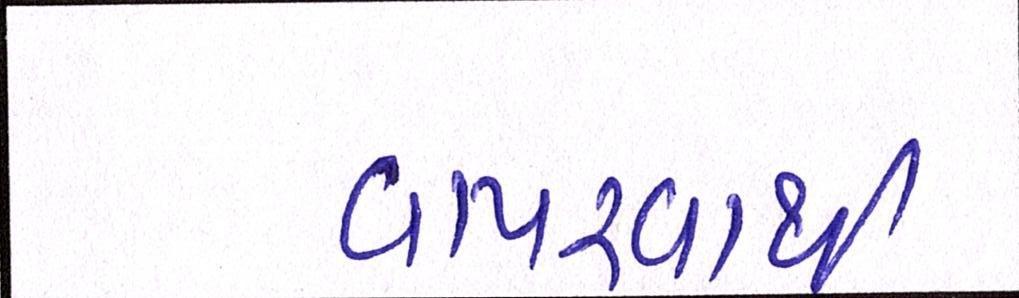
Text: વાપરવાથી